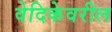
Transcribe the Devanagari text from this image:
वेदिकेवरील